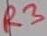
Text: R3